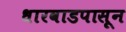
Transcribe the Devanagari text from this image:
धारवाडपासून